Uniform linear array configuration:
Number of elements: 16
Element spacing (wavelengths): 0.5
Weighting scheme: uniform
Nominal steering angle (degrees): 45
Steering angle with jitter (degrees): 44.108
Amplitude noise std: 0.05
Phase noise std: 0.05

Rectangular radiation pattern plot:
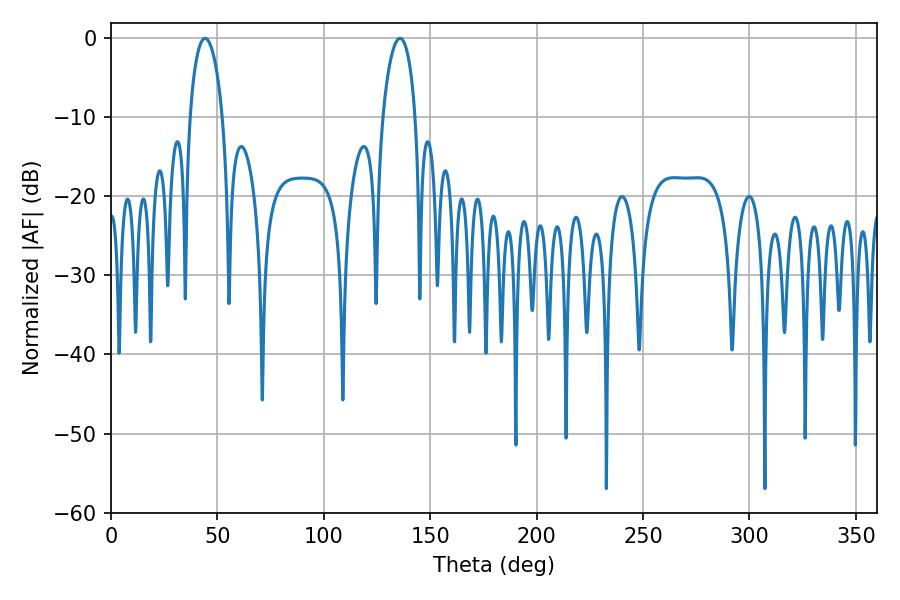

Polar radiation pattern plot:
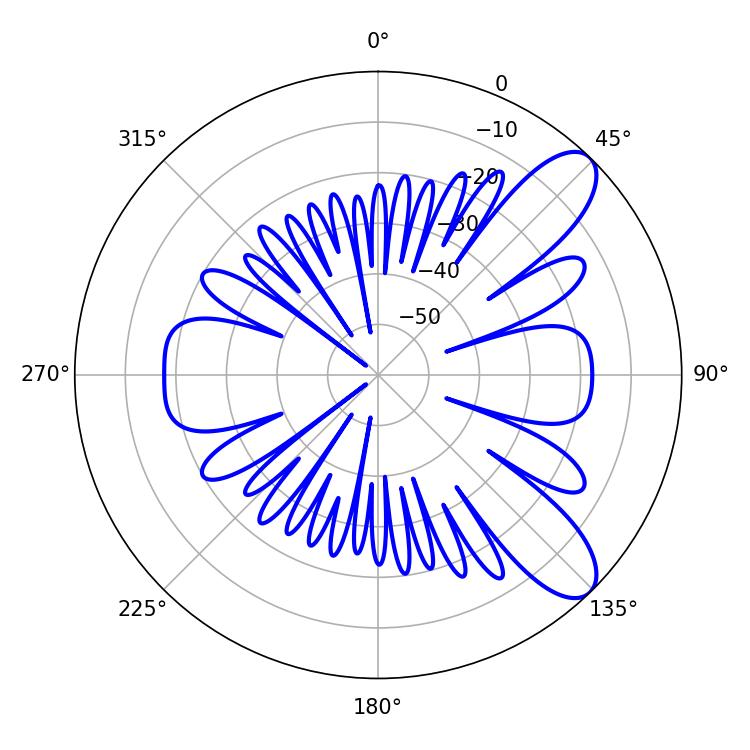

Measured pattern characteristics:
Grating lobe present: FALSE
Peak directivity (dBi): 9.34
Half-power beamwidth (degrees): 8.82
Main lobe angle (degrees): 44.28